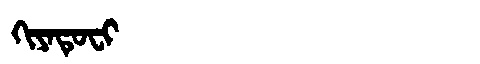
Manchu: ᡴᡳᠶᠠᡨᡠᠸᡳ
Romanization: KIYATUFI